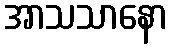
အာသသာနော